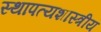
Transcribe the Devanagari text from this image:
स्थापत्यशास्त्रीय